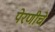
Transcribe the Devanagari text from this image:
पेरणीचे